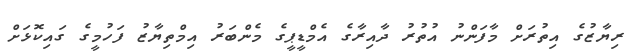
ރިޔާޒުގެ އިތުރަށް މާފަންނު އުތުރު ދާއިރާގެ އެމްޑީޕީގެ މެންބަރު އިމްތިޔާޒު ފަހުމީގެ ގައިކޮޅަށް